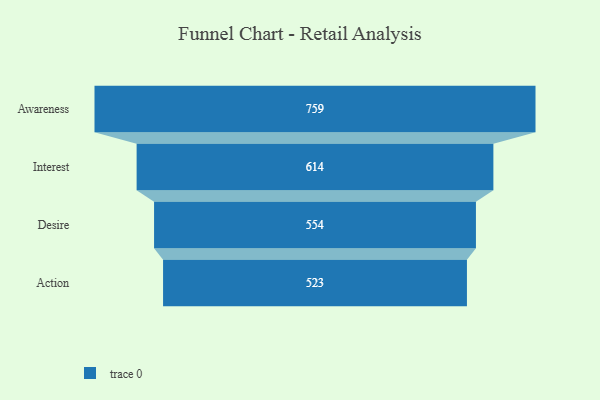
{"axis": {"x": "Stage", "y": "Value"}, "legend": [""], "data": [{"x": "Awareness", "y": 759.0, "type": ""}, {"x": "Interest", "y": 614.0, "type": ""}, {"x": "Desire", "y": 554.0, "type": ""}, {"x": "Action", "y": 523.0, "type": ""}]}